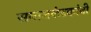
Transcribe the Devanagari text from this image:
समाजकंटकांनी